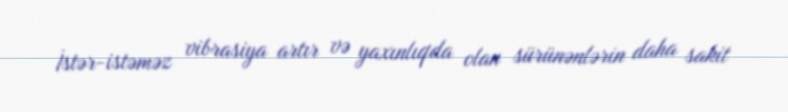
İstər-istəməz vibrasiya artır və yaxınlıqda olan sürünənlərin daha sakit